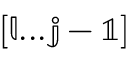
\mathbb { [ l . . . j - 1 ] }